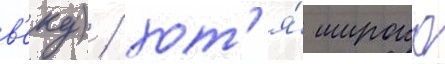
в'еку) / хот'я́ широко